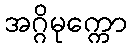
အဂ္ဂိမုက္ကော